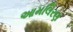
આમલિરણ